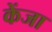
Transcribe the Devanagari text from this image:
केंजा